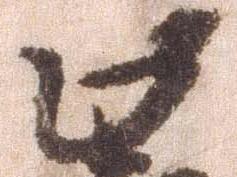
此